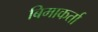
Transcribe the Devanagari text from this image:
बिमाकर्ता